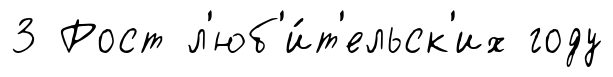
3 Рост л'юб'и́т'ельск'их году